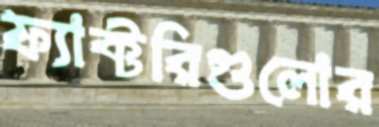
ফ্যাক্টরিগুলোর